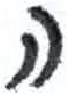
אות: ה